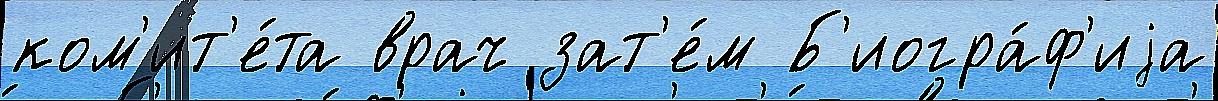
ком'ит'е́та врач зат'е́м Б'иогра́ф'иjа